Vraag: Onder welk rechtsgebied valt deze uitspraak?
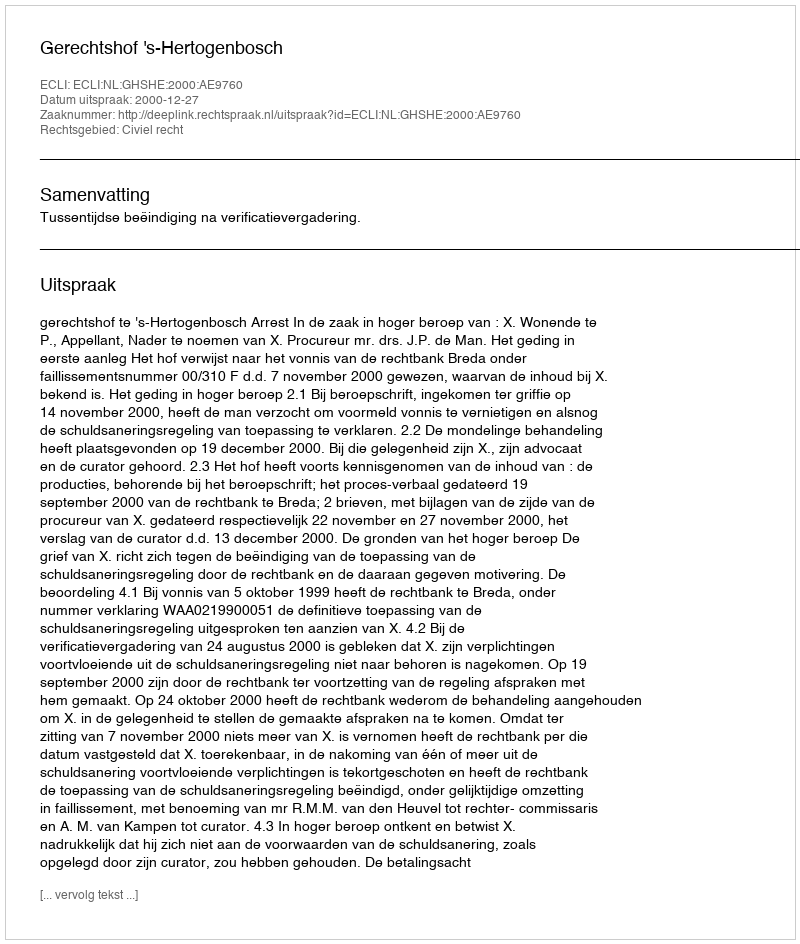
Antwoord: Civiel recht